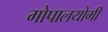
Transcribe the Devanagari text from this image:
गोपालयोगी